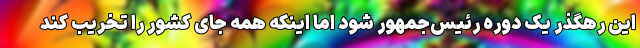
این رهگذر یک دوره رئیس‌جمهور شود اما اینکه همه جای کشور را تخریب کند